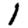
Digit: 1